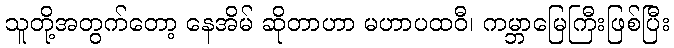
သူတို့အတွက်တော့ နေအိမ် ဆိုတာဟာ မဟာပထဝီ၊ ကမ္ဘာမြေကြီးဖြစ်ပြီး